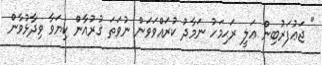
" ޖަޢުފަރުބިން ޢަލީ ރަޙިމަހު ނަމާދު ކުރައްވަވަން ނުވަތަ ޤުރުއާން ކިޔަވާ ވިދާޅުވާން